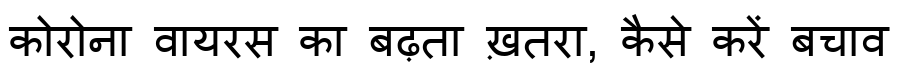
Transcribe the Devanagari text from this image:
कोरोना वायरस का बढ़ता ख़तरा, कैसे करें बचाव